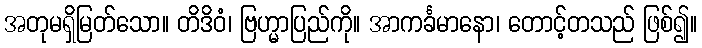
အတုမရှိမြတ်သော။ တိဒိဝံ၊ ဗြဟ္မာပြည်ကို။ အာကင်္ခမာနော၊ တောင့်တသည် ဖြစ်၍။